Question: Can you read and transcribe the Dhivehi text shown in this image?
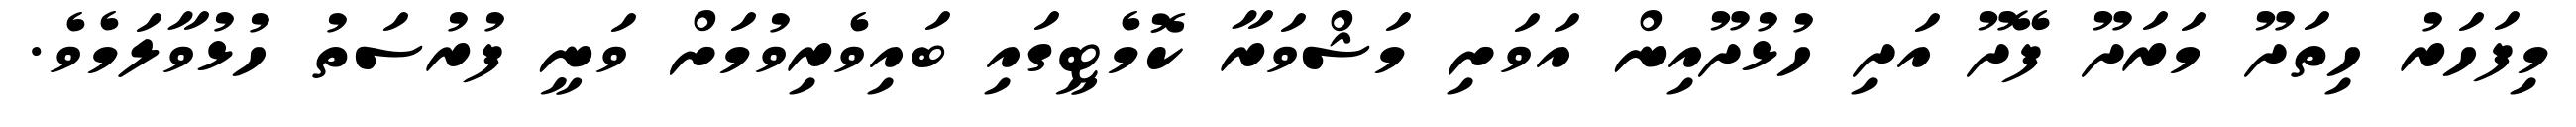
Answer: މިފަހަރު ހިތަދޫ މަރަދޫ ފޭދޫ އަދި ހުޅުދޫއިން އަވަށި މަޝްވަރާ ކޮމެޓީގައި ބައިވެރިވުމަށް ވަނީ ފުރުސަތު ހުޅުވާލަމެވެ.